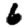
Digit: 6